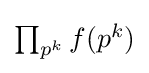
{\textstyle \prod _{p^{k}}f(p^{k})}